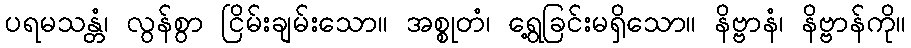
ပရမသန္တံ၊ လွန်စွာ ငြိမ်းချမ်းသော။ အစ္စုတံ၊ ရွေ့ခြင်းမရှိသော။ နိဗ္ဗာနံ၊ နိဗ္ဗာန်ကို။